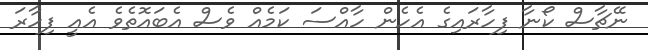
ނޭޗާސް ކޯނާ ފިހާރައިގެ އެހެން ހާއްސަ ކަމެއް ވެސް އެބައޮތެވެ އެއީ ފިހާރަ